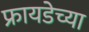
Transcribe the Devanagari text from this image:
फ्रायडेच्या